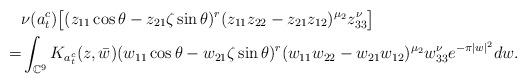
LaTeX: \begin{align*}&\nu(a_t^c)\big[(z_{11}\cos\theta -z_{21}\zeta\sin\theta )^r(z_{11}z_{22}-z_{21}z_{12} )^{\mu_2}z_{33}^\nu\big]\\=&\int_{\mathbb{C}^9}K_{a_t^c}(z,\bar{w})(w_{11}\cos\theta -w_{21}\zeta\sin\theta )^r(w_{11}w_{22}-w_{21}w_{12} )^{\mu_2}w_{33}^\nu e^{-\pi|w|^2}dw.\end{align*}